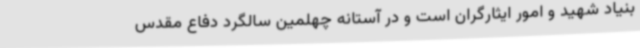
بنیاد شهید و امور ایثارگران است و در آستانه چهلمین سالگرد دفاع مقدس